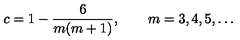
c = 1 - \frac { 6 } { m ( m + 1 ) } , \qquad m = 3 , 4 , 5 , \ldots